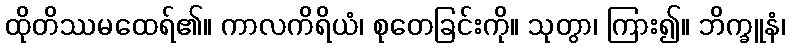
ထိုတိဿမထေရ်၏။ ကာလကိရိယံ၊ စုတေခြင်းကို။ သုတွာ၊ ကြား၍။ ဘိက္ခူနံ၊